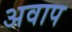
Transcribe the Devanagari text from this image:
अवाप